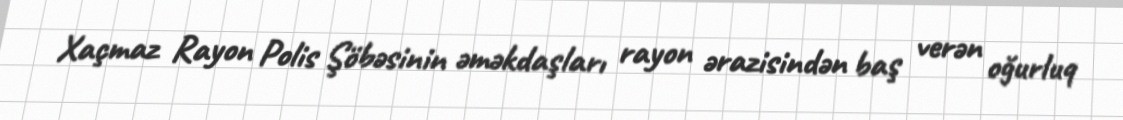
Xaçmaz Rayon Polis Şöbəsinin əməkdaşları rayon ərazisindən baş verən oğurluq